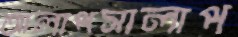
আলাপসালাপ